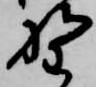
野